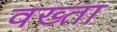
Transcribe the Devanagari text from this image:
वख्‍ता